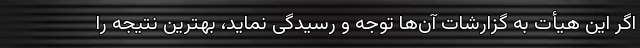
اگر این هیأت به گزارشات آن‌ها توجه و رسیدگی نماید، بهترین نتیجه را